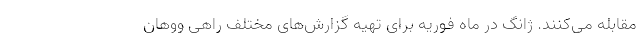
مقابله می‌کنند. ژانگ در ماه فوریه برای تهیه گزارش‌های مختلف راهی ووهان